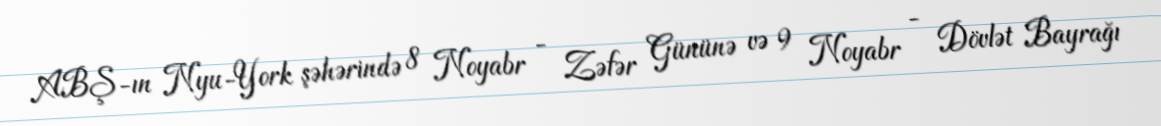
ABŞ-ın Nyu-York şəhərində 8 Noyabr - Zəfər Gününə və 9 Noyabr - Dövlət Bayrağı